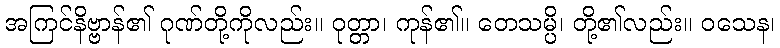
အကြင်နိဗ္ဗာန်၏ ဂုဏ်တို့ကိုလည်း။ ဝုတ္တာ၊ ကုန်၏။ တေသမ္ပိ၊ တို့၏လည်း။ ဝသေန၊